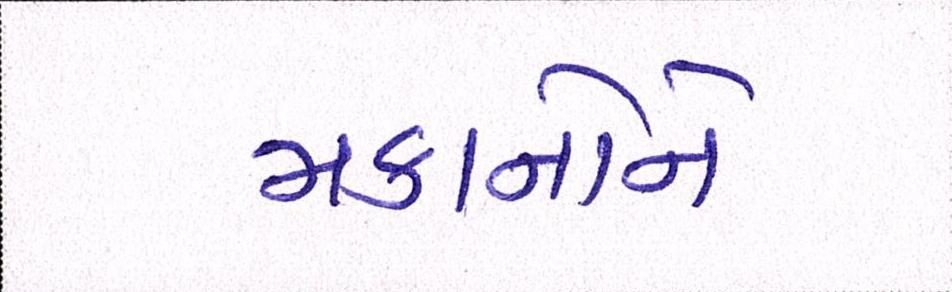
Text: મકાનોને